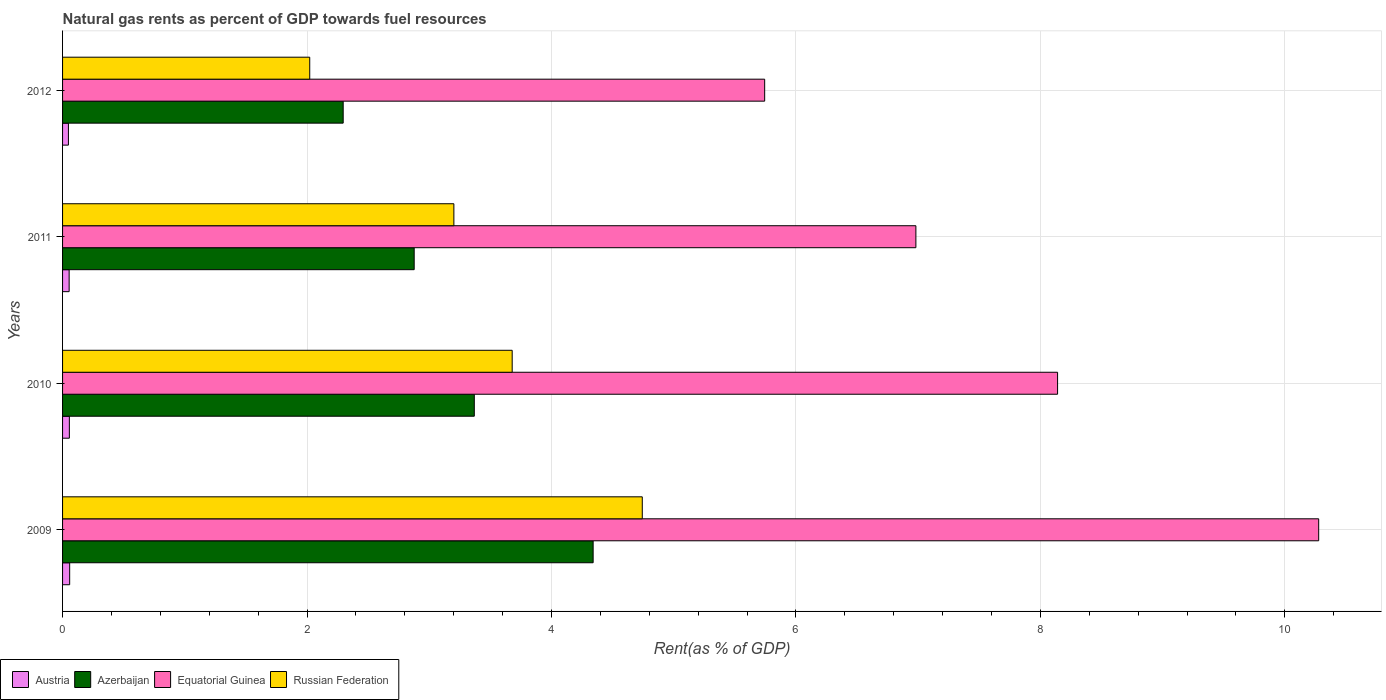
| Years | Austria | Azerbaijan | Equatorial Guinea | Russian Federation |
 | --- | --- | --- | --- | --- |
 | 2009 | 0.0581 | 4.34 | 10.3 | 4.74 |
 | 2010 | 0.0556 | 3.37 | 8.14 | 3.68 |
 | 2011 | 0.0537 | 2.88 | 6.98 | 3.2 |
 | 2012 | 0.0479 | 2.3 | 5.74 | 2.02 |